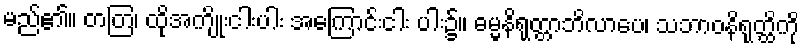
မည်၏။ တတြ၊ ထိုအကျိုးငါးပါး အကြောင်းငါး ပါး၌။ ဓမ္မနိရုတ္တာဘိလာပေ၊ သဘာဝနိရုတ္ထိကို